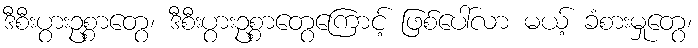
ဒီစီးပွားဥစ္စာတွေ၊ ဒီစီးပွားဥစ္စာတွေကြောင့် ဖြစ်ပေါ်လာ မယ့် ခံစားမှုတွေ၊